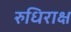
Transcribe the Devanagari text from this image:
रुधिराक्ष